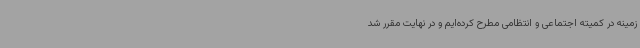
زمینه در کمیته اجتماعی و انتظامی مطرح کرده‌ایم و در نهایت مقرر شد